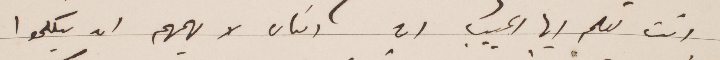
انت تعلم أيها الحبيب ان الناس لا يهمهم ان يتكلموا